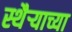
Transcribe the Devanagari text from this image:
स्थैऱ्याच्या